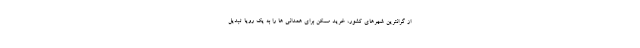
از گرانترین شهرهای کشور، خرید مسکن برای همدانی ها را به یک رویا تبدیل